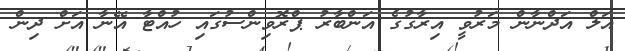
އަލް އަދްނާން މަރުވީ އިރާގުގެ އަންބާރު ޕްރޮވިންސުގައި ހުއްޓާ އޭނާ އަށް ދިން